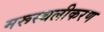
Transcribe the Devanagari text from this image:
मरूस्थलीकरण